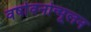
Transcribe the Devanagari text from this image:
वर्षावनोन्मूलन